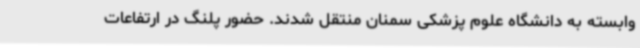
وابسته به دانشگاه علوم پزشکی سمنان منتقل شدند. حضور پلنگ در ارتفاعات